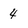
Character: 4